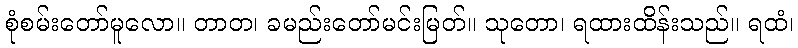
စုံစမ်းတော်မူလော။ တာတ၊ ခမည်းတော်မင်းမြတ်။ သုတော၊ ရထားထိန်းသည်။ ရထံ၊